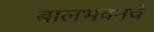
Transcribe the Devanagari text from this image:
बालभवनचे